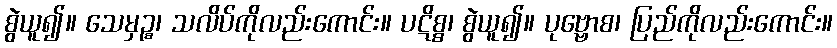
စွဲယူ၍။ သေမှဉ္စ၊ သလိပ်ကိုလည်းကောင်း။ ပဋိစ္စ၊ စွဲယူ၍။ ပုဗ္ဗောစ၊ ပြည်ကိုလည်းကောင်း။